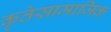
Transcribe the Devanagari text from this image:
कृतेसामाजिक